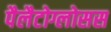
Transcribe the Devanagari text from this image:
पैलैटोग्लोसस